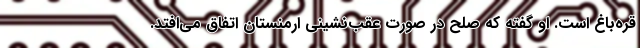
قره‌باغ است. او گفته که صلح در صورت عقب‌نشینی ارمنستان اتفاق می‌افتد.